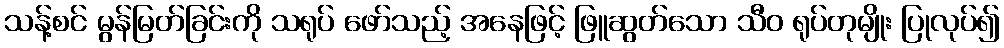
သန့်စင် မွန်မြတ်ခြင်းကို သရုပ် ဖော်သည့် အနေဖြင့် ဖြူဆွတ်သော သီဝ ရုပ်တုမျိုး ပြုလုပ်၍